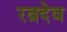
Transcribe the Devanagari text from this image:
रत्नदेव